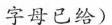
字母已给)